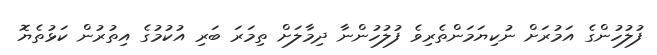
ފުލުހުންގެ އަމުރަށް ނުކިޔަމަންތެރިވެ ފުލުހުންނާ ދިމާލަށް ތިމަރަ ބަރި އުކުމުގެ އިތުރުން ކަޅުތެޔޮ